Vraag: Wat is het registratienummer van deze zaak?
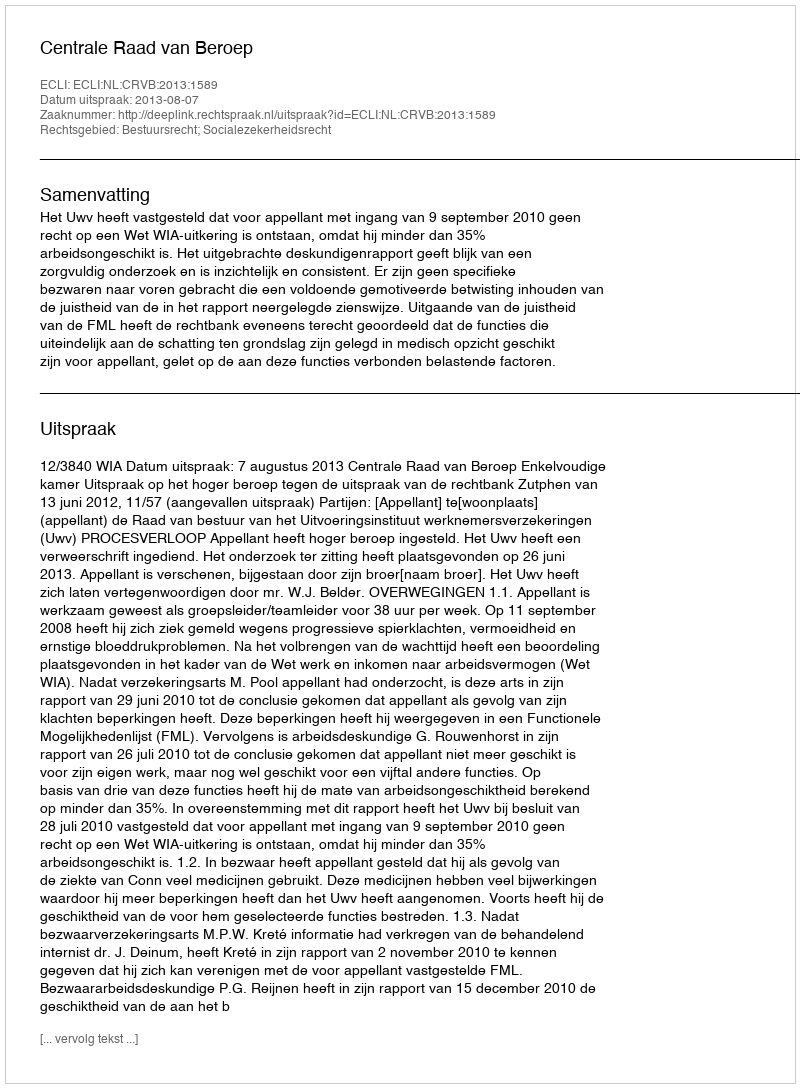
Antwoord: http://deeplink.rechtspraak.nl/uitspraak?id=ECLI:NL:CRVB:2013:1589